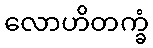
လောဟိတက္ခံ